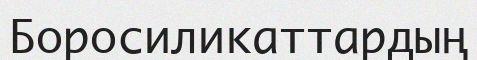
Боросиликаттардың